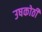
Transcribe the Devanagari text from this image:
उषकोठी